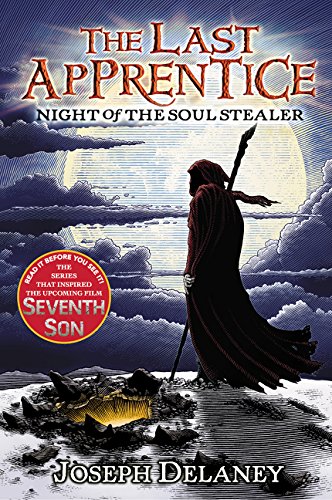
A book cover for Night of the Soul Stealer (The Last Apprentice, Book 3); Joseph Delaney; Teen & Young Adult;